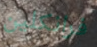
فرانكلين